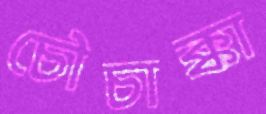
চৌচাক্কা